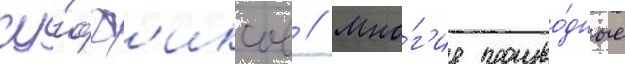
су́фф'иксов // Мно́г'ие произво́дные